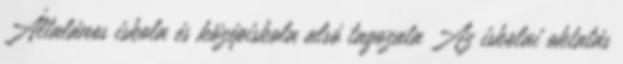
Általános iskola és középiskola alsó tagozata Az iskolai oktatás